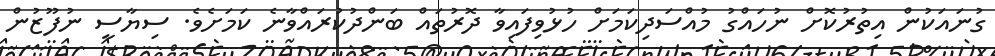
ގުނައަކުން އިތުރުކޮށް ނުހައްގު މުއްސަދިކަމަށް ހުޅުވިފައިވާ ދޮރުތައް ބަންދުކުރައްވާނެ ކަމަށެވެ. ސިޔާސީ ނުފޫޒުން